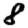
Digit: 8